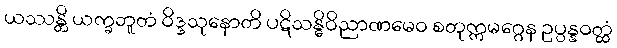
ယဿန္တိ ယက္ခဘူတံ ဝိဒ္ဒသုနောတိ ပဋိသန္ဓိဝိညာဏမေဝ စတုက္ကမဂ္ဂေန ဥပ္ပန္နဝတ္ထံ